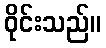
ဝိုင်းသည်။